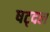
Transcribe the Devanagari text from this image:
षट्दल